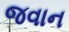
જવાન